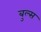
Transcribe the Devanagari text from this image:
बुल्‍स